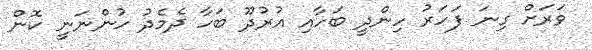
ވަރަށް ގިނަ ފަހަރު ހިންދީ ބަހާއި އުރުދޫ ބަހާ ދެމެދު ހުންނަނީ ކޮން